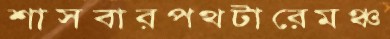
শাসবারপথটারেমঞ্চ